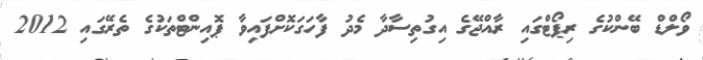
ވޯލްޑް ބޭންކުގެ ރިޕޯޓްގައި ރާއްޖޭގެ އިގުތިސާދާ މެދު ފާހަގަކޮށްފައިވާ ޕޮއިންޓްތަކުގެ ތެރޭގައި 2012